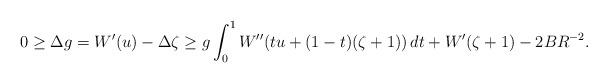
LaTeX: \begin{align*} 0 &\geq \Delta g =W'(u) - \Delta \zeta \geq g \int_0^1 W''(tu+(1-t)(\zeta+1))\,dt + W'(\zeta+1) - 2BR^{-2}. \end{align*}